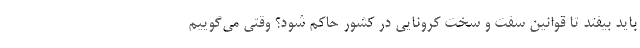
باید بیفتد تا قوانین سفت و سخت کرونایی در کشور حاکم شود؟ وقتی می‌گوییم